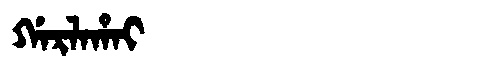
Manchu: ᡤᠠᡵᠯᠠᡥᠠᡳ
Romanization: GARLAHAI